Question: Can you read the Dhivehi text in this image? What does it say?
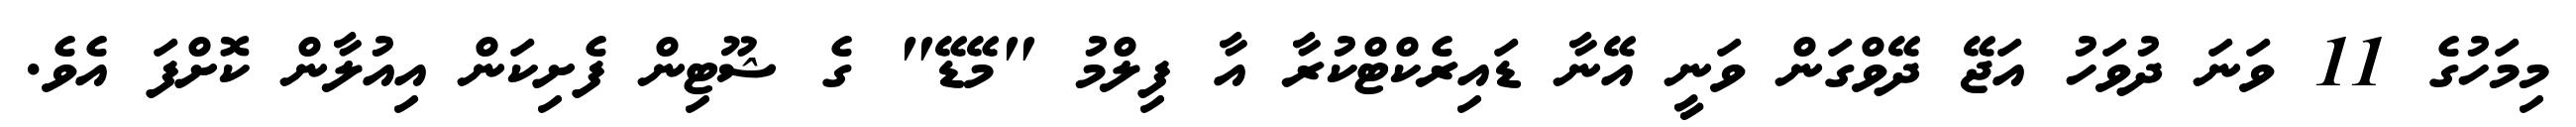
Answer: މިމަހުގެ 11 ވަނަ ދުވަހު އަޖޭ ދޭވްގަން ވަނީ އޭނާ ޑައިރެކްޓްކުރާ އާ ފިލްމު "މޭޑޭ" ގެ ޝޫޓިން ފެށިކަން އިއުލާން ކޮށްފަ އެވެ.